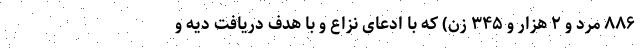
۸۸۶ مرد و ۲ هزار و ۳۴۵ زن) که با ادعای نزاع و با هدف دریافت دیه و